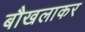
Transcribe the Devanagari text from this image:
बौखलाकर